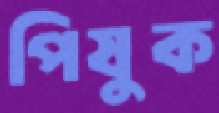
পিষুক